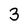
Character: 3